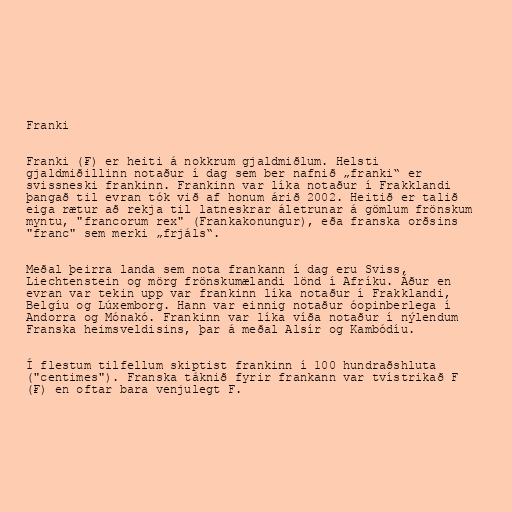
Franki

Franki (₣) er heiti á nokkrum gjaldmiðlum. Helsti
gjaldmiðillinn notaður í dag sem ber nafnið „franki“ er
svissneski frankinn. Frankinn var líka notaður í Frakklandi
þangað til evran tók við af honum árið 2002. Heitið er talið
eiga rætur að rekja til latneskrar áletrunar á gömlum frönskum
myntu, "francorum rex" (Frankakonungur), eða franska orðsins
"franc" sem merki „frjáls“.

Meðal þeirra landa sem nota frankann í dag eru Sviss,
Liechtenstein og mörg frönskumælandi lönd í Afríku. Áður en
evran var tekin upp var frankinn líka notaður í Frakklandi,
Belgíu og Lúxemborg. Hann var einnig notaður óopinberlega í
Andorra og Mónakó. Frankinn var líka víða notaður í nýlendum
Franska heimsveldisins, þar á meðal Alsír og Kambódíu.

Í flestum tilfellum skiptist frankinn í 100 hundraðshluta
("centimes"). Franska táknið fyrir frankann var tvístrikað F
(₣) en oftar bara venjulegt F.